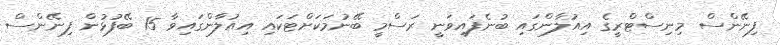
ފިނޭންސް މިނިސްޓްރީގެ އިއުލާންގައި ބުނެފައިވަނީ ރަސްމީ ބޭނުމަކަށްޓަކައި އިއުލާންގައިވާ 15 ބޭފުޅުން ފިނޭންސް